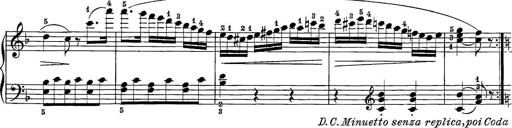
Title: 12 Sonatine per Pianoforte
Composer: Friedrich Kuhlau